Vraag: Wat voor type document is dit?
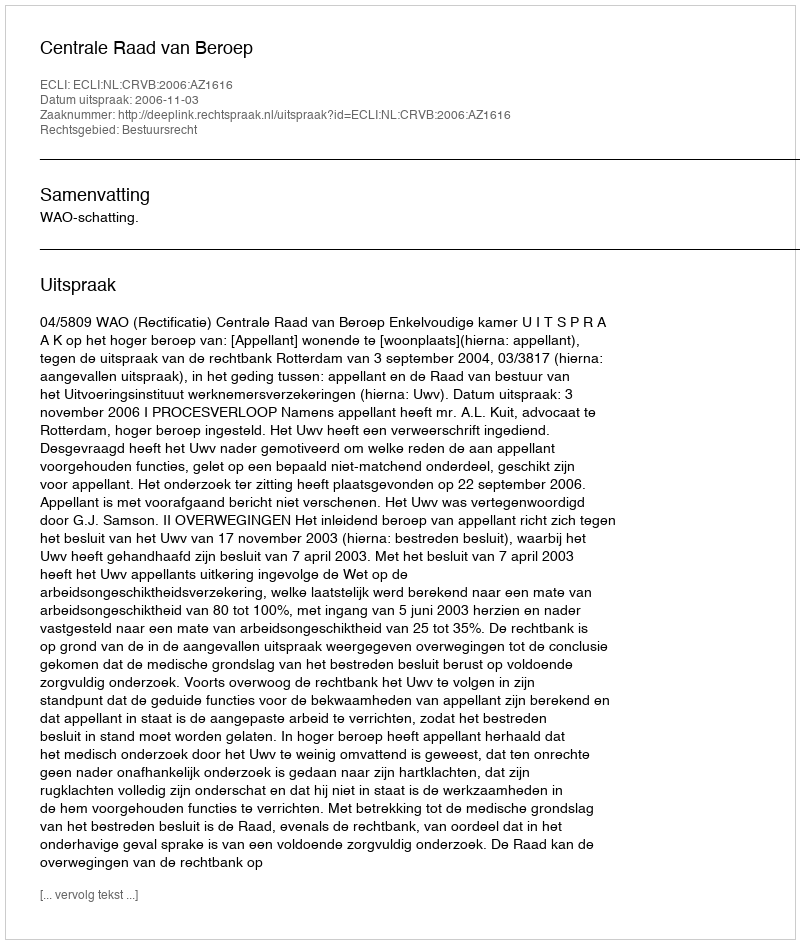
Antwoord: Uitspraak